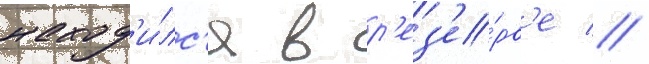
наход'и́лс'я в р'ез'е́рв'е //